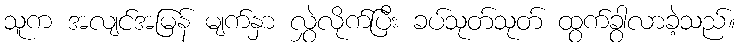
သူက အလျင်အမြန် မျက်နှာ လွှဲလိုက်ပြီး ခပ်သုတ်သုတ် ထွက်ခွာလာခဲ့သည်။